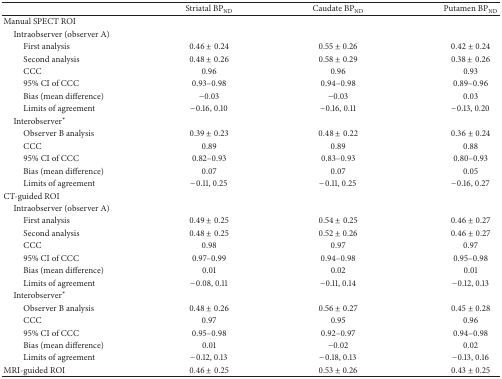
<table><thead><tr><td><b> </b></td><td><b>Striatal BP<sub>ND</sub></b></td><td><b>Caudate BP<sub>ND</sub></b></td><td><b>Putamen BP<sub>ND</sub></b></td></tr></thead><tbody><tr><td>Manual SPECT ROI</td><td> </td><td> </td><td> </td></tr><tr><td> Intraobserver (observer A)</td><td> </td><td> </td><td> </td></tr><tr><td>First analysis</td><td>0.46 ± 0.24</td><td>0.55 ± 0.26</td><td>0.42 ± 0.24</td></tr><tr><td>Second analysis</td><td>0.48 ± 0.26</td><td>0.58 ± 0.29</td><td>0.38 ± 0.26</td></tr><tr><td>CCC</td><td>0.96</td><td>0.96</td><td>0.93</td></tr><tr><td>95% CI of CCC</td><td>0.93–0.98</td><td>0.94–0.98</td><td>0.89–0.96</td></tr><tr><td>Bias (mean difference)</td><td>−0.03</td><td>−0.03</td><td>0.03</td></tr><tr><td>Limits of agreement</td><td>−0.16, 0.10</td><td>−0.16, 0.11</td><td>−0.13, 0.20</td></tr><tr><td> Interobserver<sup>*</sup></td><td> </td><td> </td><td> </td></tr><tr><td>Observer B analysis</td><td>0.39 ± 0.23</td><td>0.48 ± 0.22</td><td>0.36 ± 0.24</td></tr><tr><td>CCC</td><td>0.89</td><td>0.89</td><td>0.88</td></tr><tr><td>95% CI of CCC</td><td>0.82–0.93</td><td>0.83–0.93</td><td>0.80–0.93</td></tr><tr><td>Bias (mean difference)</td><td>0.07</td><td>0.07</td><td>0.05</td></tr><tr><td>Limits of agreement</td><td>−0.11, 0.25</td><td>−0.11, 0.25</td><td>−0.16, 0.27</td></tr><tr><td>CT-guided ROI</td><td> </td><td> </td><td> </td></tr><tr><td> Intraobserver (observer A)</td><td> </td><td> </td><td> </td></tr><tr><td>First analysis</td><td>0.49 ± 0.25</td><td>0.54 ± 0.25</td><td>0.46 ± 0.27</td></tr><tr><td>Second analysis</td><td>0.48 ± 0.25</td><td>0.52 ± 0.26</td><td>0.46 ± 0.27</td></tr><tr><td>CCC</td><td>0.98</td><td>0.97</td><td>0.97</td></tr><tr><td>95% CI of CCC</td><td>0.97–0.99</td><td>0.94–0.98</td><td>0.95–0.98</td></tr><tr><td>Bias (mean difference)</td><td>0.01</td><td>0.02</td><td>0.01</td></tr><tr><td>Limits of agreement</td><td>−0.08, 0.11</td><td>−0.11, 0.14</td><td>−0.12, 0.13</td></tr><tr><td> Interobserver<sup>*</sup></td><td> </td><td> </td><td> </td></tr><tr><td>Observer B analysis</td><td>0.48 ± 0.26</td><td>0.56 ± 0.27</td><td>0.45 ± 0.28</td></tr><tr><td>CCC</td><td>0.97</td><td>0.95</td><td>0.96</td></tr><tr><td>95% CI of CCC</td><td>0.95–0.98</td><td>0.92–0.97</td><td>0.94–0.98</td></tr><tr><td>Bias (mean difference)</td><td>0.01</td><td>−0.02</td><td>0.02</td></tr><tr><td>Limits of agreement</td><td>−0.12, 0.13</td><td>−0.18, 0.13</td><td>−0.13, 0.16</td></tr><tr><td>MRI-guided ROI</td><td>0.46 ± 0.25</td><td>0.53 ± 0.26</td><td>0.43 ± 0.25</td></tr></tbody></table>